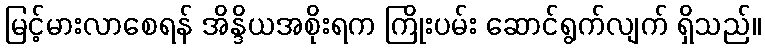
မြင့်မားလာစေရန် အိန္ဒိယအစိုးရက ကြိုးပမ်း ဆောင်ရွက်လျက် ရှိသည်။